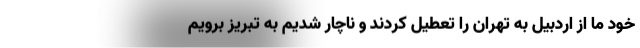
خود ما از اردبیل به تهران را تعطیل کردند و ناچار شدیم به تبریز برویم